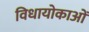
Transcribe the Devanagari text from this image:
विधायोकाओं